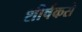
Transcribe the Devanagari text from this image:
शीर्षकसे